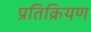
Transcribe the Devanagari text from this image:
प्रतिक्रियण